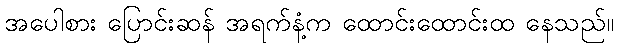
အပေါစား ပြောင်းဆန် အရက်နံ့က ထောင်းထောင်းထ နေသည်။